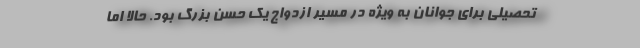
تحصیلی برای جوانان به ویژه در مسیر ازدواج یک حُسن بزرگ بود. حالا اما